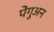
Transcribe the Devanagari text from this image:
पेंगुअन